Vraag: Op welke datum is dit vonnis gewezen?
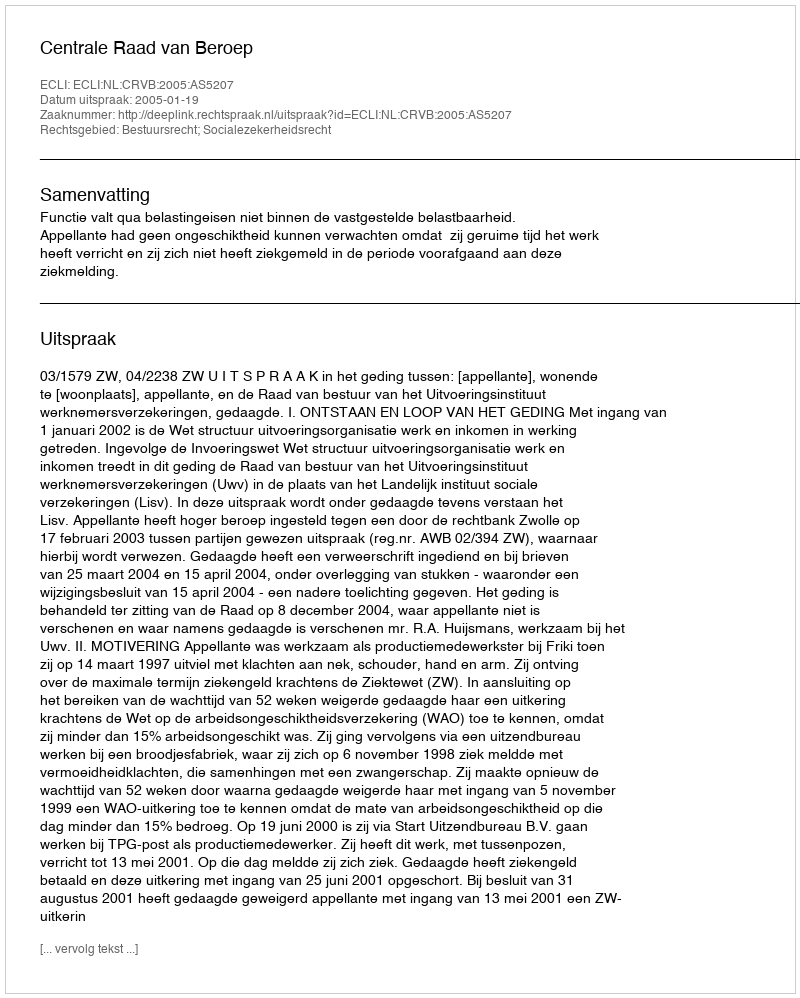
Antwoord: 2005-01-19